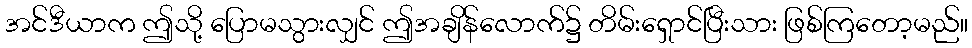
အင်ဒီယာက ဤသို့ ပြောမသွားလျှင် ဤအချိန်လောက်၌ တိမ်းရှောင်ပြီးသား ဖြစ်ကြတော့မည်။